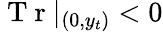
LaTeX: \mathrm{~T~r~}|_{(0,y_{t})}<0